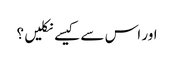
اور اس سے کیسے نکلیں ؟